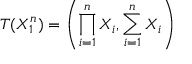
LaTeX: T ( X _ { 1 } ^ { n } ) = \left( \prod _ { i = 1 } ^ { n } { X _ { i } } , \sum _ { i = 1 } ^ { n } X _ { i } \right)